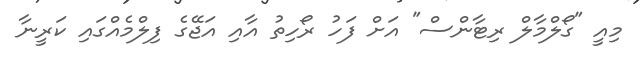
މިއީ "ގޯލްމާލް ރިޓާންސް" އަށް ފަހު ރޯހިތު އާއި އަޖޭގެ ފިލްމެއްގައި ކަރީނާ